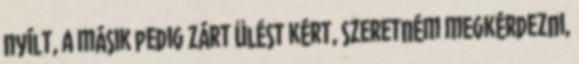
nyílt, a másik pedig zárt ülést kért, szeretném megkérdezni,